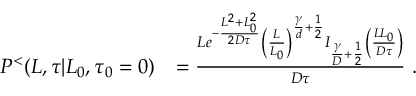
\begin{array} { r l } { P ^ { < } ( L , \tau | L _ { 0 } , \tau _ { 0 } = 0 ) } & { = \frac { L e ^ { - \frac { L ^ { 2 } + L _ { 0 } ^ { 2 } } { 2 D \tau } } \left( \frac { L } { L _ { 0 } } \right) ^ { \frac { \gamma } { d } + \frac { 1 } { 2 } } I _ { \frac { \gamma } { D } + \frac { 1 } { 2 } } \left( \frac { L L _ { 0 } } { D \tau } \right) } { D \tau } \ . } \end{array}